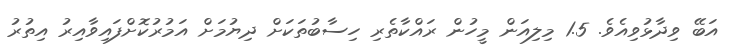
އަބޭ ވިދާޅުވިއެވެ. 1.5 މިލިއަން މީހުން ރައްކާތެރި ހިސާބުތަކަށް ދިޔުމަށް އަމުރުކޮށްފައިވާއިރު އިތުރު